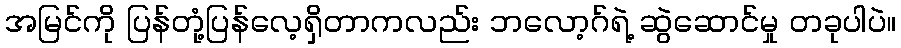
အမြင်ကို ပြန်တုံ့ပြန်လေ့ရှိတာကလည်း ဘလော့ဂ်ရဲ့ ဆွဲဆောင်မှု တခုပါပဲ။